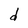
Character: d